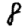
Digit: 8